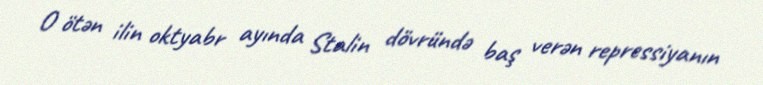
O ötən ilin oktyabr ayında Stalin dövründə baş verən repressiyanın